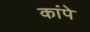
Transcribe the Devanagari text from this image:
कांपे